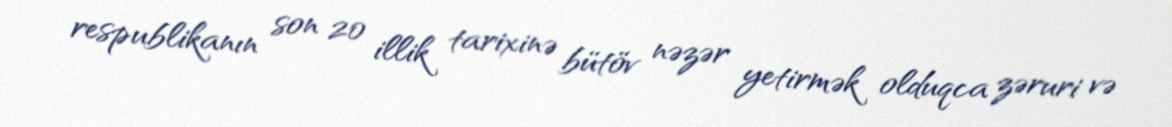
respublikanın son 20 illik tarixinə bütöv nəzər yetirmək olduqca zəruri və